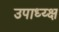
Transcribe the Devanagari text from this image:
उपाध्य्क्ष